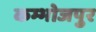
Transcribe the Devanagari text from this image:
कम्भोजपुर